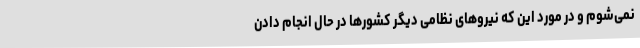
نمی‌شوم و در مورد این که نیروهای نظامی دیگر کشورها در حال انجام دادن